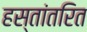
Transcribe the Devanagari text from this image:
हस्तांतरित